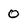
Character: 0